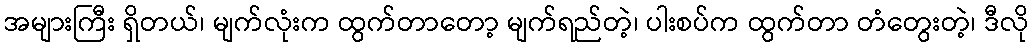
အများကြီး ရှိတယ်၊ မျက်လုံးက ထွက်တာတော့ မျက်ရည်တဲ့၊ ပါးစပ်က ထွက်တာ တံတွေးတဲ့၊ ဒီလို